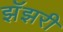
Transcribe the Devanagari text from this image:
झॅझरी